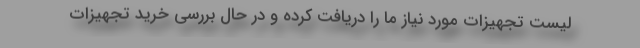
لیست تجهیزات مورد نیاز ما را دریافت کرده و در حال بررسی خرید تجهیزات